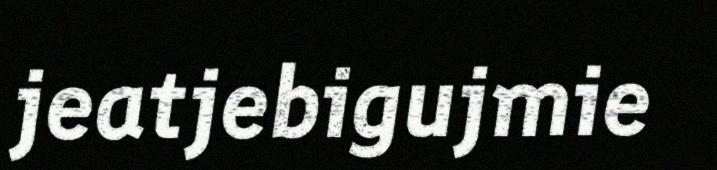
jeatjebigujmie